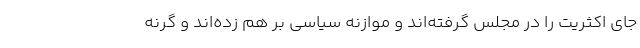
جای اکثریت را در مجلس گرفته‌اند و موازنه سیاسی بر هم زده‌اند و گرنه